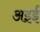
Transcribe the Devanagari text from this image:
अइई